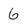
Character: 6